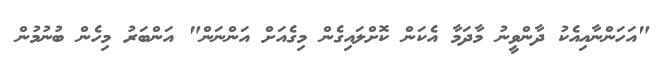
"އަހަންނާއިއެކު ދާންވީނު މާދަމާ އެކަން ކޮށްލައިގެން މިގެއަށް އަންނަން" އަންބަރު މިހެން ބުނުމުން